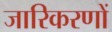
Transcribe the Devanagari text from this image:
जारिकरणों